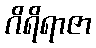
ဂိရိရာဇာ